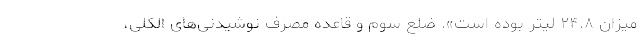
میزان ۲۴.۸ لیتر بوده است». ضلع سوم و قاعده مصرف نوشیدنی‌های الکلی،